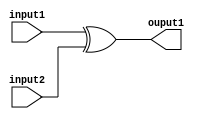
module xorunit(
    input [31:0] input1,
    input [31:0] input2,
    output [31:0] ouput1
    );

assign ouput1=input1^input2;

endmodule